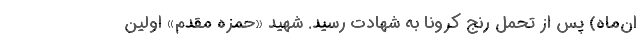
ان‌ماه) پس از تحمل رنج کرونا به شهادت رسید. شهید «حمزه مقدم» اولین